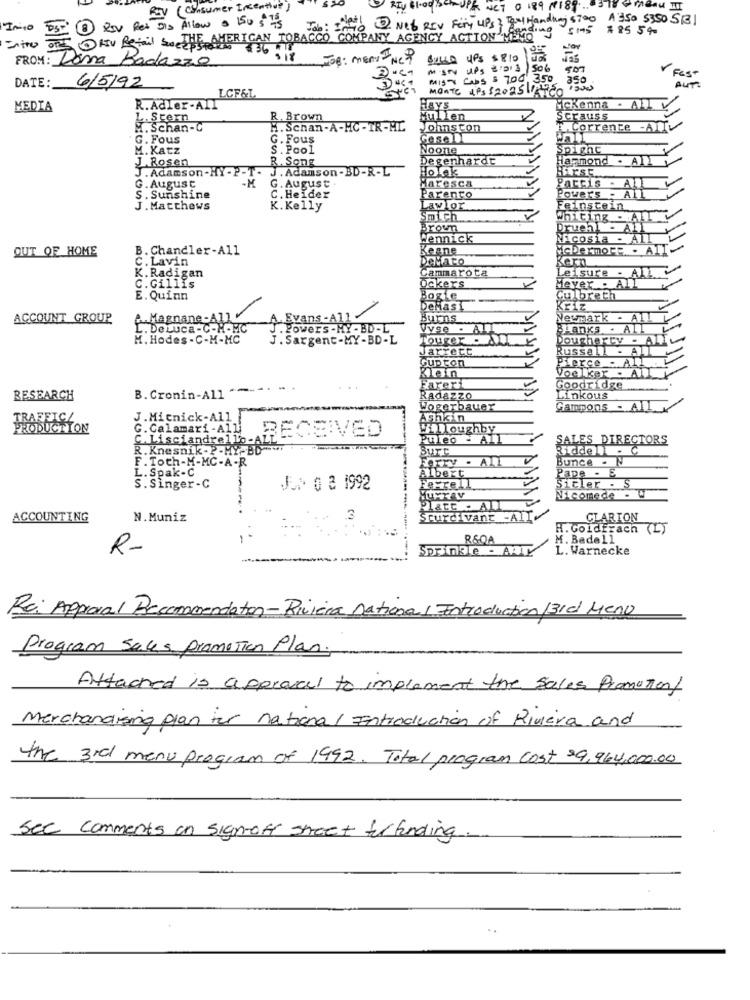
REV ( consumer Incentive)
CT 0 189 M189 ...
00 1 Net RIV Fory UPS 3 Text Handing 5700 A 350 5350 SB
Imio
PS: 3 Rev Ret DIS Allow a 150 $ 75
Job
anding
515 #85 590
HIV Retail sueTHE AMERICAN TOBACCO COMPANY
Y AGENCY ACTION MEMO
+36
si8
FOR: menu IN
SULLO UPS $810
FROM: Lona Badazzo
M Sty UPS ="2.3 / 506
907
DATE:
6/5/92
MISTY CASS $ 700, 350 350
FEST
AUTO
LCF&L
MONTE 4Ps $202511 75
MEDIA
R. Adler-AIL
HAYS
Mckenna - ALL
L.Stern
R. Brown
Mullen
Scrauss
M. Schan-C
H. Schan-A-HC-TR-ML
Johnston
Corrente -ATIL
G. Fous
G. Fous
Wall
M. Katz
S. Pool
Noone
Spighe
J.Rosen
R. Song
Degenhardt
Harmond .
J. Adamson-MY- P -T-
J. Adamson-BD-R-L
Hirst.
Pattis
G. August
G. August.
Maresca
S. Sunshine
C. Heider
Parento
Powers
A
J. Matthews
K. Kelly
LawLor
Feinstein
Smich
whiting . A
Brown
Druehl
- ALI
Wennick
RAcosia - All
OUT OF HOME
B. Chandler-All
Keane
McDermott - A11
C. Lavin
DeMaro
Kern
Cammarota
K. Radigan
Leisure - AIL
C.Gillis
Ockers
Meyer - ALL
E. Quinn
Bogie
Culbreth
DeMasi
KFIZ
ACCOUNT GROUP
. Magnane-All
A. Evans -All
Burns
Netmark
. DeLuca - C-H-MC
J. Powers - MY - BD -L
Vvse .
LanKs - AIL
M. Hodes - C-M-MC
J. Sargent-MY-BD-L
TOUger . ALT
Dougherty - ALL
Jarrett
Russell - All
Gupton
Pierce - Al
Klein
Voel ker . All
Fareri
Goodridge
RESEARCH
B. Cronin-All
Radazzo
Linkous
Wogerbauer
Campons - AIL
TRAFFIC/
J. Mitnick-All
Shkin
PRODUCTION
G. Calamari- All
Willoughby
C. Lisciandrello-
RECEIVED
Puleo - All
SALES DIRECTORS
R. Knesnik-P-HY-BD
Ridde- C
F. Toth-M-MC-A-R
Bur
ALL
Bunce - N
L. Spak-C
Albert
Pape - E
S. Singer-C
J .: 0 2 1992
Ferrell
sicler - S
av
Nicomede .
Plate . ALL
ACCOUNTING
N.Muniz
3
Sturdi vant -All.
CLARION
H. Goldfrach (L)
RSOA
M. Bedell
R-
Sprinkle - ANI
L. Warnecke
Re: Approval Besanomentation- Riviera national Introduction /31 Menu
Program Sales promotion Plan.
Attached is approval to implement the sales Promotion
Merchandising plan for national Introduction of Riviera and
the 3rd menu program of 1992. Total program cost $9,964,000.00
Sec comments on sign-off street for funding.